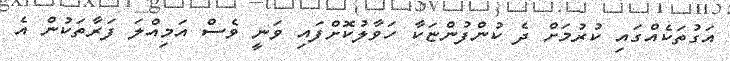
އަގުތަކެއްގައި ކުރުމަށް ދެ ކުންފުންޏަކާ ހަވާލުކޮށްފައި ވަނީ ވެސް އަމިއްލަ ފަރާތަކުން އެ